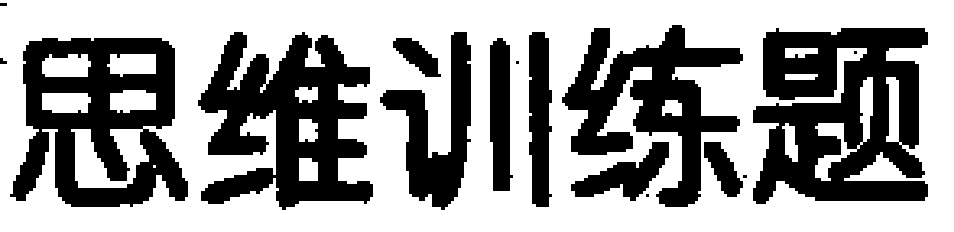
思维训练题